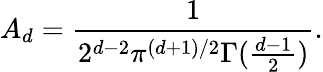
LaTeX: A_{d}=\frac{1}{2^{d-2}\pi^{(d+1)/2}\Gamma(\frac{d-1}{2})}.